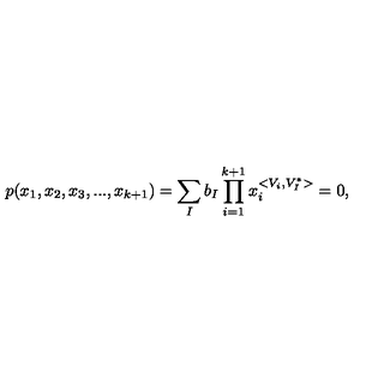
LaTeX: p ( x _ { 1 } , x _ { 2 } , x _ { 3 } , . . . , x _ { k + 1 } ) = \sum _ { I } b _ { I } \prod _ { i = 1 } ^ { k + 1 } x _ { i } ^ { < { V } _ { i } , { V } _ { I } ^ { \ast } > } = 0 ,